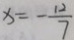
x = - \frac { 1 2 } { 7 }